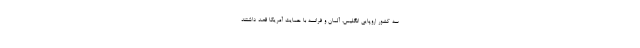
سه کشور اروپایی انگلیس، آلمان و فرانسه با حمایت آمریکا قصد داشتند